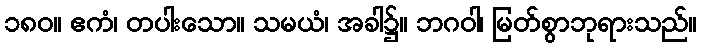
၁၈၀။ ဧကံ၊ တပါးသော။ သမယံ၊ အခါ၌။ ဘဂဝါ၊ မြတ်စွာဘုရားသည်။